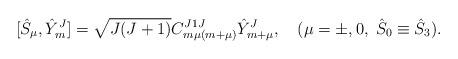
LaTeX: \begin{align*} [{\hat S}_\mu, {\hat Y}_{m}^J]=\sqrt{J(J+1)}C_{m \mu (m+\mu)}^{J1J} {\hat Y}_{m+\mu}^J,\quad(\mu=\pm,0,\;{\hat S}_0\equiv {\hat S}_3).\end{align*}